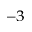
^ { - 3 }